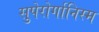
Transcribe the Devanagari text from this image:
सुपेरोर्गानिस्म